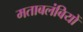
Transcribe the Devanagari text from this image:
मताबलंबियों